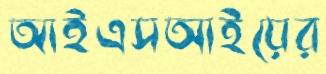
আইএসআইয়ের